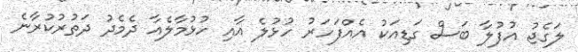
ލަގެޖު އުފުލާ ބަސް ގަޑިއަކު އެއްފަހަރު ހުޅުލެ އާއި ހުޅުމާލެއާ ދެމެދު ދަތުރުކުރާނެ